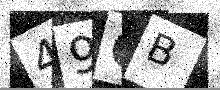
Text: 49CB